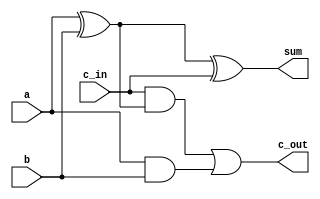
`timescale 1ns / 1ps

module bit1_adder (
    sum, c_out, a, b, c_in
); 

    output sum, c_out;
    input a, b, c_in;
    wire h_sum;
    wire i1, i2, i3;

    // to find sum- c^(a^b)
    xor p1 (h_sum, a, b); //a^b
    xor p2 (sum, h_sum, c_in); // a^b^c_in

    // to find carry out - ab+ c(a^b)
    and t1 (i1, a, b);           // ab
    xor t2 (i2, a, b);          // a^b
    and t3 (i3, c_in, i2);     // c(a^b)
    or  t4 (c_out, i3, i1);   //ab + c(a^b)

endmodule



// module test_bench ;

// reg a, b, c_in;
// wire sum, c_out;

// bit1_adder ans(.sum(sum), .c_out(c_out), .a(a), .b(b), .c_in(c_in));



//  initial begin a=1'b1;  #4; a=1'b0;#10 $stop();end
//   initial begin b=1'b1; forever #2 b=~b;end
//   initial begin c_in=1'b1;forever #1 c_in=~c_in; #10 $stop();end

// // monitor all the input and output ports at times 
// // when any of the input changes its state

// //  initial begin $monitor(" time=%0d A=%b B=%b 
// //                           Cin=%b Sum=%b Cout=%b",$time,a,b,c_in,sum,c_out);end
// initial begin
// // $monitor("time=%0d A=%b B=%b Cin=%b Sum=%b Cout=%b",$time,a,b,c_in,sum,c_out);
// end
    
// endmodule